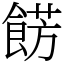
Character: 餝